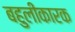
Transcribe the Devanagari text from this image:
बहुलीकारक